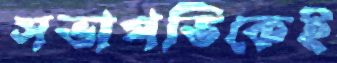
সভাপতিকেই